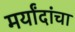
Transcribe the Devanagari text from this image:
मर्यांदांचा